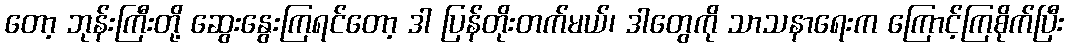
တော့ ဘုန်းကြီးတို့ ဆွေးနွေးကြရင်တော့ ဒါ ပြန်တိုးတက်မယ်၊ ဒါတွေကို သာသနာရေးက ကြောင့်ကြစိုက်ပြီး